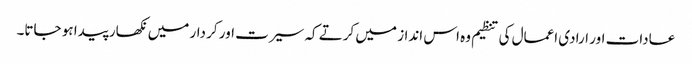
عادات اور ارادی اعمال کی تنظیم وہ اس انداز میں کرتے کہ سیرت اور کر دار میں نکھار پیدا ہو جاتا۔